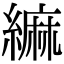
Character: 䌕